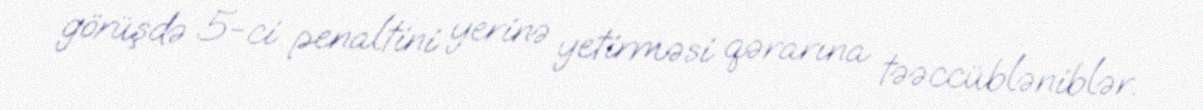
görüşdə 5-ci penaltini yerinə yetirməsi qərarına təəccübləniblər.